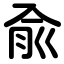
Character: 兪